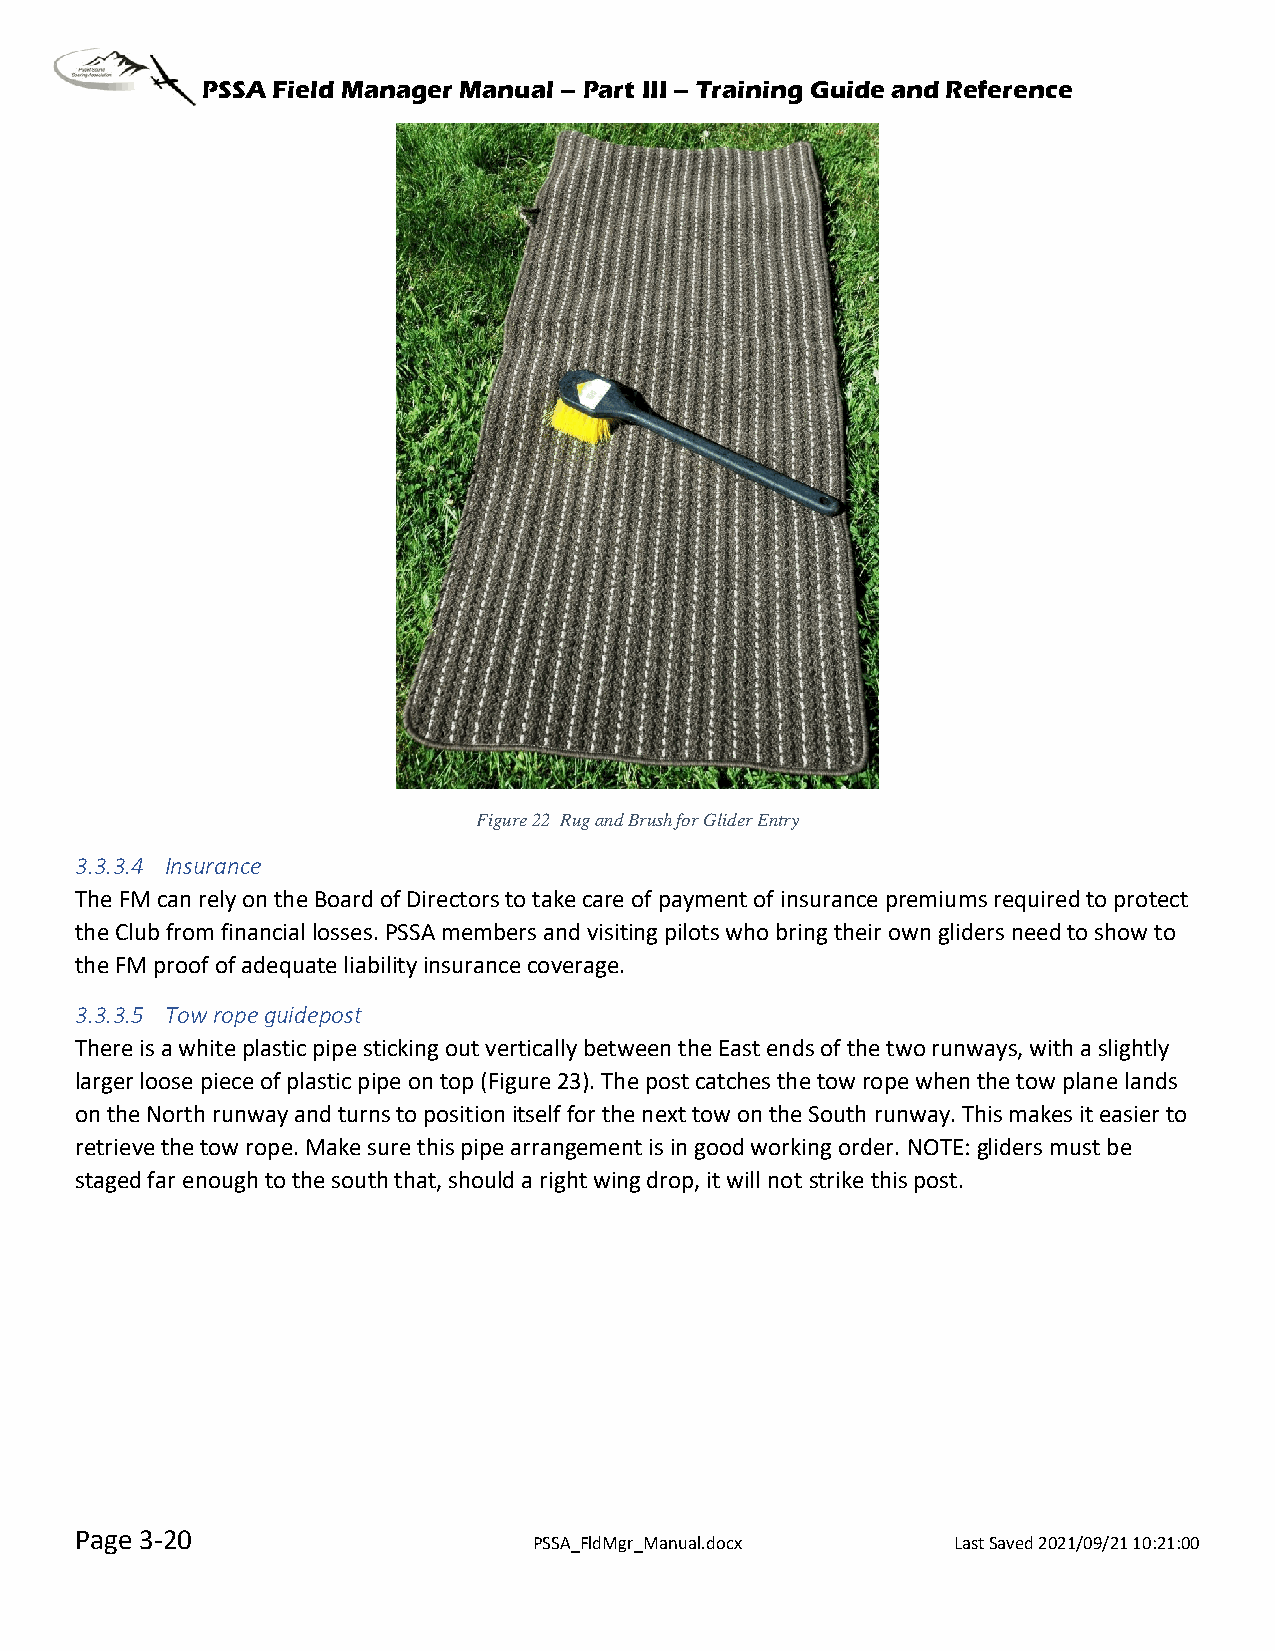
PSSA Field Manager Manual – Part III – Training Guide and Reference
 Figure 22 Rug and Brush for Glider Entry
 3.3.3.4 Insurance
 The FM can rely on the Board of Directors to take care of payment of insurance premiums required to protect
 the Club from financial losses. PSSA members and visiting pilots who bring their own gliders need to show to
 the FM proof of adequate liability insurance coverage.
 3.3.3.5 Tow rope guidepost
 There is a white plastic pipe sticking out vertically between the East ends of the two runways, with a slightly
 larger loose piece of plastic pipe on top (Figure 23). The post catches the tow rope when the tow plane lands
 on the North runway and turns to position itself for the next tow on the South runway. This makes it easier to
 retrieve the tow rope. Make sure this pipe arrangement is in good working order. NOTE: gliders must be
 staged far enough to the south that, should a right wing drop, it will not strike this post.
 Page 3-20
 PSSA_FldMgr_Manual.docx     Last Saved 2021/09/21 10:21:00